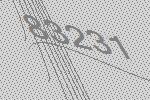
83231